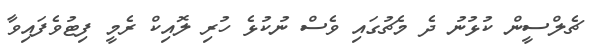
ޗެލްސީން ކުޅުނު ދެ މެޗުގައި ވެސް ނުކުޅެ ހުރި ލޮއިކް ރެމީ ފިޓުވެފައިވާ